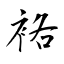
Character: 袼